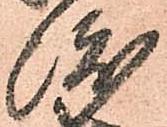
渡